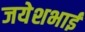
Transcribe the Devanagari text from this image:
जयेशभाई